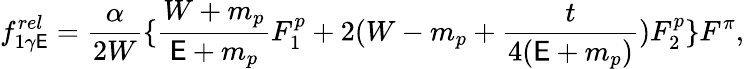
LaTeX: f_{1\gamma\mathsf{E}}^{rel}=\frac{{\alpha}}{{2W}}\{ \frac{{W+m_{p}}}{{\mathsf{E}+m_{p}}}F_{1}^{p}+2(W-m_{p}+\frac{{t}}{{4(\mathsf{E}+m_{p})}})F_{2}^{p}\} F^{\pi},